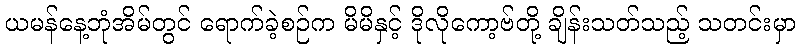
ယမန်နေ့ဘုံအိမ်တွင် ရောက်ခဲ့စဉ်က မိမိနှင့် ဒိုလိုကော့ဗ်တို့ ချိန်းသတ်သည့် သတင်းမှာ